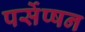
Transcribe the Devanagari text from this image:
पर्सेप्षन